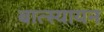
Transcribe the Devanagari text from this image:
बात्स्यायन